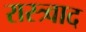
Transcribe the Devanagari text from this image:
रास्त्र्वाद